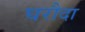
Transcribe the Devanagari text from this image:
घरौदा